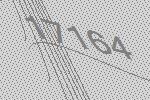
17164